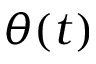
\theta ( t )